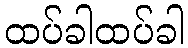
ထပ်ခါထပ်ခါ